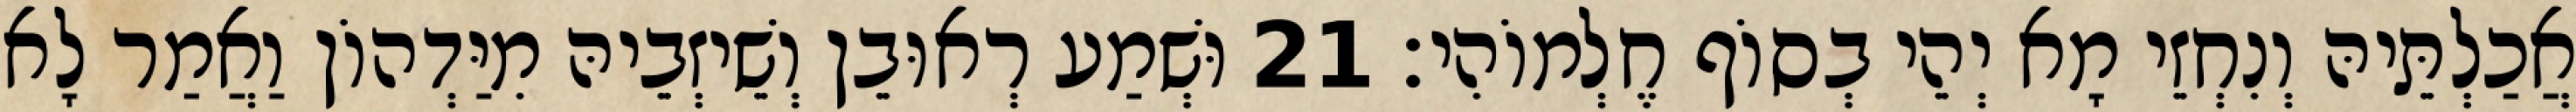
אֲכַלְתֵּיהּ וְנִחְזֵי מָא יְהֵי בְסוֹף חֶלְמוֹהִי׃ 21 וּשְׁמַע רְאוּבֵן וְשֵׁיזְבֵיהּ מִיַּדְהוֹן וַאֲמַר לָא